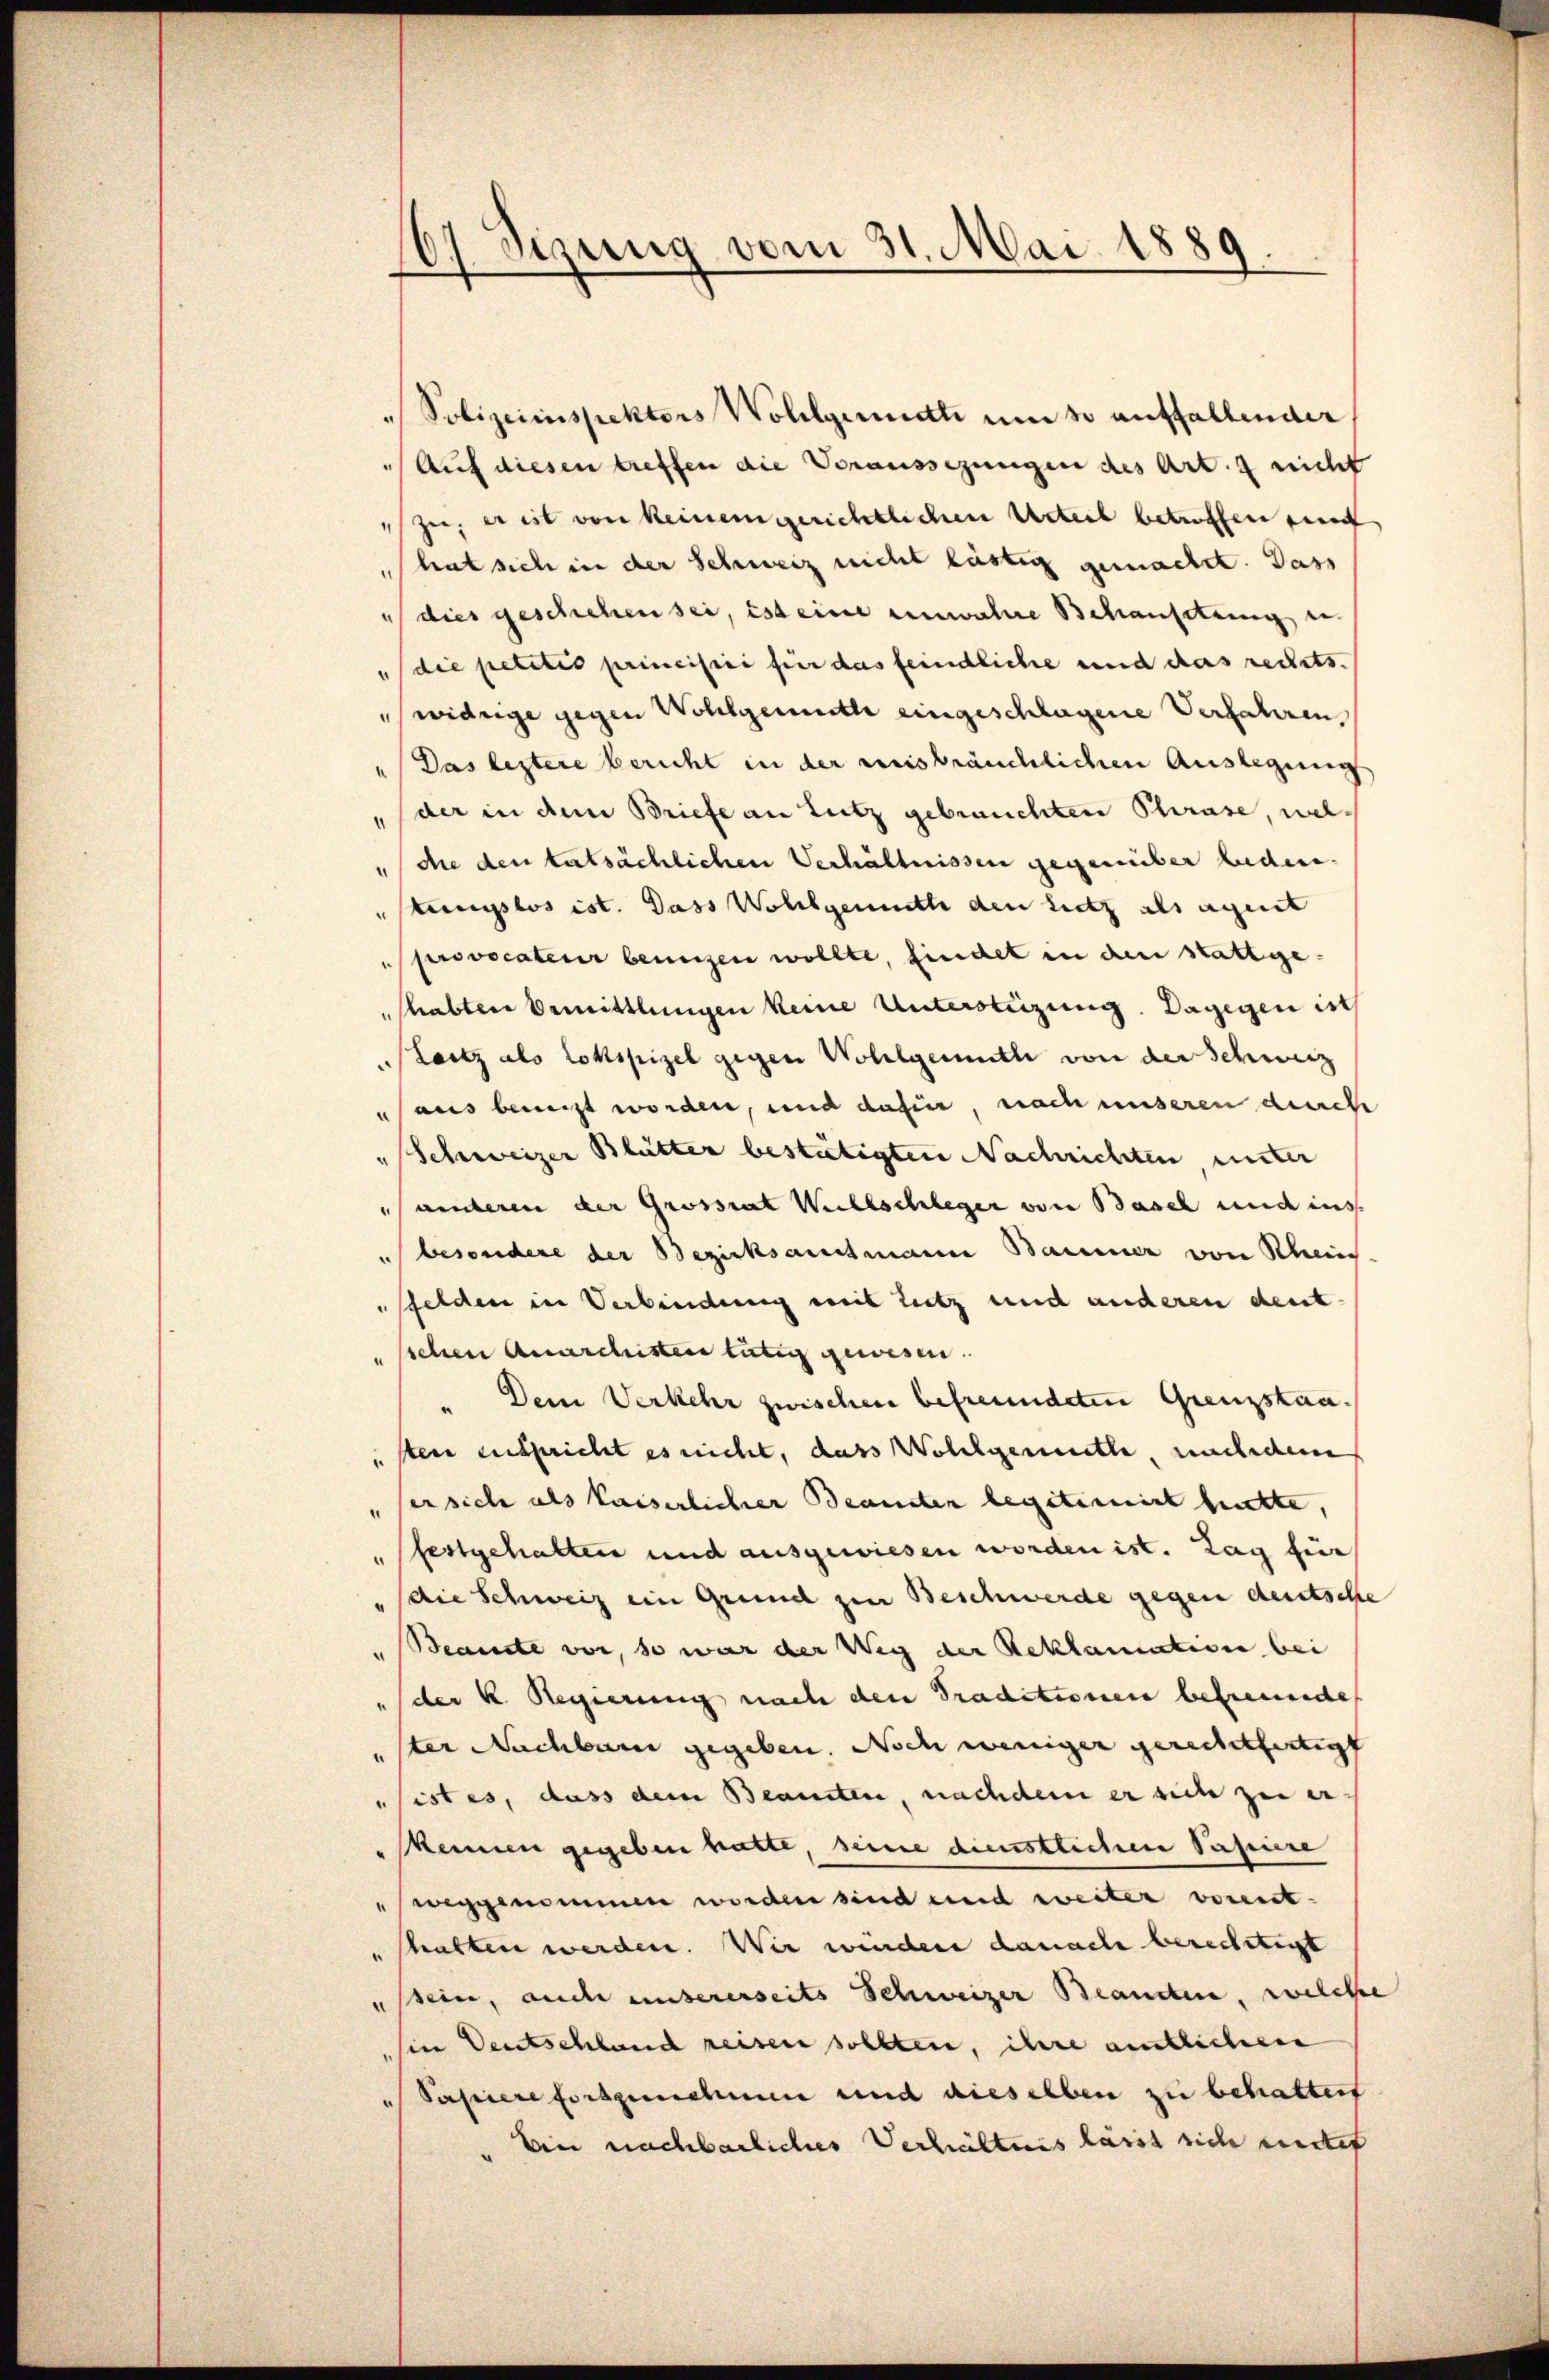
161. Sezung vom 31. Mai 1889.

" Polizeiinspektors Wohlgeritt und so auffallender
Auf diesen treffen die Voraussezungen des Art. 2 nicht
zu, er ist von keinem gerichtlichen Urteil betroffen sind
hat sich in der Schweiz nicht lästig gemacht. Dass
"dies geschiehen sei, ist eine unwahre Behaufetuung u.
"die petitis principiri für das feindliche und das rechts.
widrige gegen Wohlgemuthe eingeschlagene Verfahren,
Das leztere bericht in der misbräuchlichen Auslegung
"der in dem Briefe an Lutz gebrauchten Phrase, weldie den tatsächlichen Verhältnissen gegenüber beden.
teungslos ist. Dass Wollgemuth den sitz als agent
provocateur benuzen wollte, findet in den stattgehabten Bemittlungen keine Unterstüzung. Dagegen ist
(Laitz als Lokspiel gegen Wollgemuth von der Schweiz
aus benuzt worden, und dafür, nach unseren durch
„Schweizer Blütter bestätigten Nachrichten, unter
anderen der Grossrat Willschleger von Basel und ins
besondere der Bezirksamtmann Baumer von Schein
sfelden in Verbindung mit Lutz und anderen deut-
sschen Anarchister tätig gewesen.
"Dein Verkehr zwischen befreundeten Grenzstaa
sten entspricht es nicht, dass Wohlgemuth, nachdem
"ser sich als Kaiserlicher Beamten legitimirt hatte,
festgehalten und ausgewiesen worden ist. Tag für
die Schweiz ein Grund zur Beschwerde gegen deutsche
Beamte vor, so war der Weg der Reklamation bei
"der K. Regierung nach den Traditionen befreunde
ster Nachbarn gegeben. Noch weniger gerechtfertigt
sistes, dass dem Beamten, nachdem er sich zu er
skennen gegeben hatte, seine dienstlichen Passiere
weggenommen worden sind und weiter vorent-
shatten werden. Wir wurden danach berechtigt
ssein, auch unsererseits Schweizer Beandten, welche
sin Deutschland reisen sollten, ihre amtlichen
Papiere Fortgeschen und dieselben zu behaltert
Ein nachbarliches Verhältnis lässt sich mittet